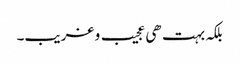
بلکہ بہت ھی عجیب و غریب۔